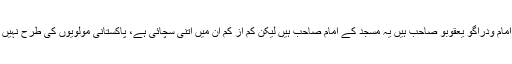
وہاں کے ایک مسجد کے امام وِدراگو یعقوبو صاحب ہیں یہ مسجد کے امام صاحب ہیں لیکن کم از کم ان میں اتنی سچائی ہے، پاکستانی مولویوں کی طرح نہیں کہ حقیقت کو ہی نہ مانیں۔